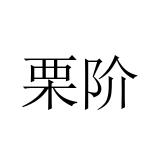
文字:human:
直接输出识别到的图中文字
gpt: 栗阶